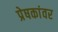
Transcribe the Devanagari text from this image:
प्रेषकांवर